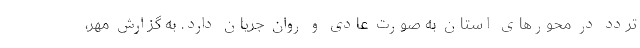
تردد در محورهای استان به صورت عادی و روان جریان دارد. به گزارش مهر،